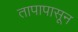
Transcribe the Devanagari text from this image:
तापापासून